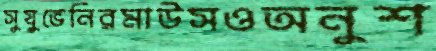
সুযুভেনিরমাউসওঅনুশ